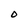
Character: O